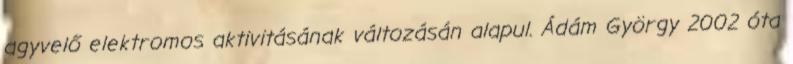
agyvelő elektromos aktivitásának változásán alapul. Ádám György 2002 óta